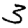
Digit: 3